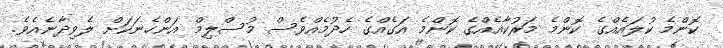
ކޮންމެ ކުލައެއްގެ ކޮންމެ މަރުކާއެއްގެ ކޮންމެ އަގެއްގެ ހެދުމެއްވެސް މުސްލިމް އަންހެނަކަށް ލެވިދާނެއެވެ.